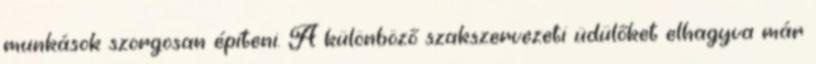
munkások szorgosan építeni. A különböző szakszervezeti üdülőket elhagyva már